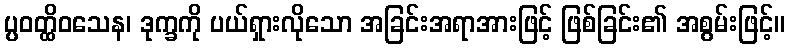
ပ္ပဝတ္ထိဝသေန၊ ဒုက္ခကို ပယ်ရှားလိုသော အခြင်းအရာအားဖြင့် ဖြစ်ခြင်း၏ အစွမ်းဖြင့်။